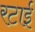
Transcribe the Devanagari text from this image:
रटाई